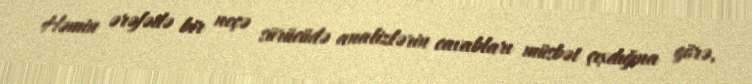
Həmin ərəfədə bir neçə sürücüdə analizlərin cavabları müsbət çıxdığına görə,